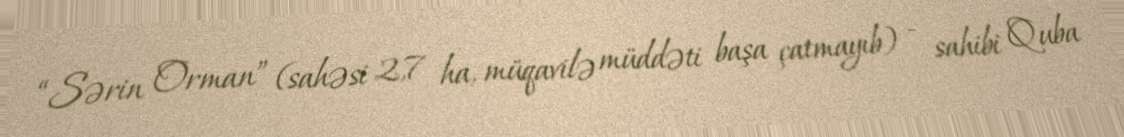
“Sərin Orman” (sahəsi 2,7 ha, müqavilə müddəti başa çatmayıb) - sahibi Quba